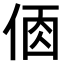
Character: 𠉦